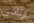
ارتاحي